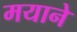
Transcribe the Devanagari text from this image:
मयाने